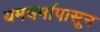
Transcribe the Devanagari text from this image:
यमधर्मापासून